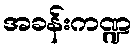
အခန်းကဏ္ဍ